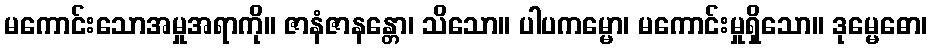
မကောင်းသောအမှုအရာကို။ ဇာနံဇာနန္တော၊ သိသော။ ပါပကမ္မော၊ မကောင်းမှုရှိသော။ ဒုမ္မေဓော၊